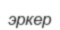
эркер